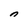
Character: n